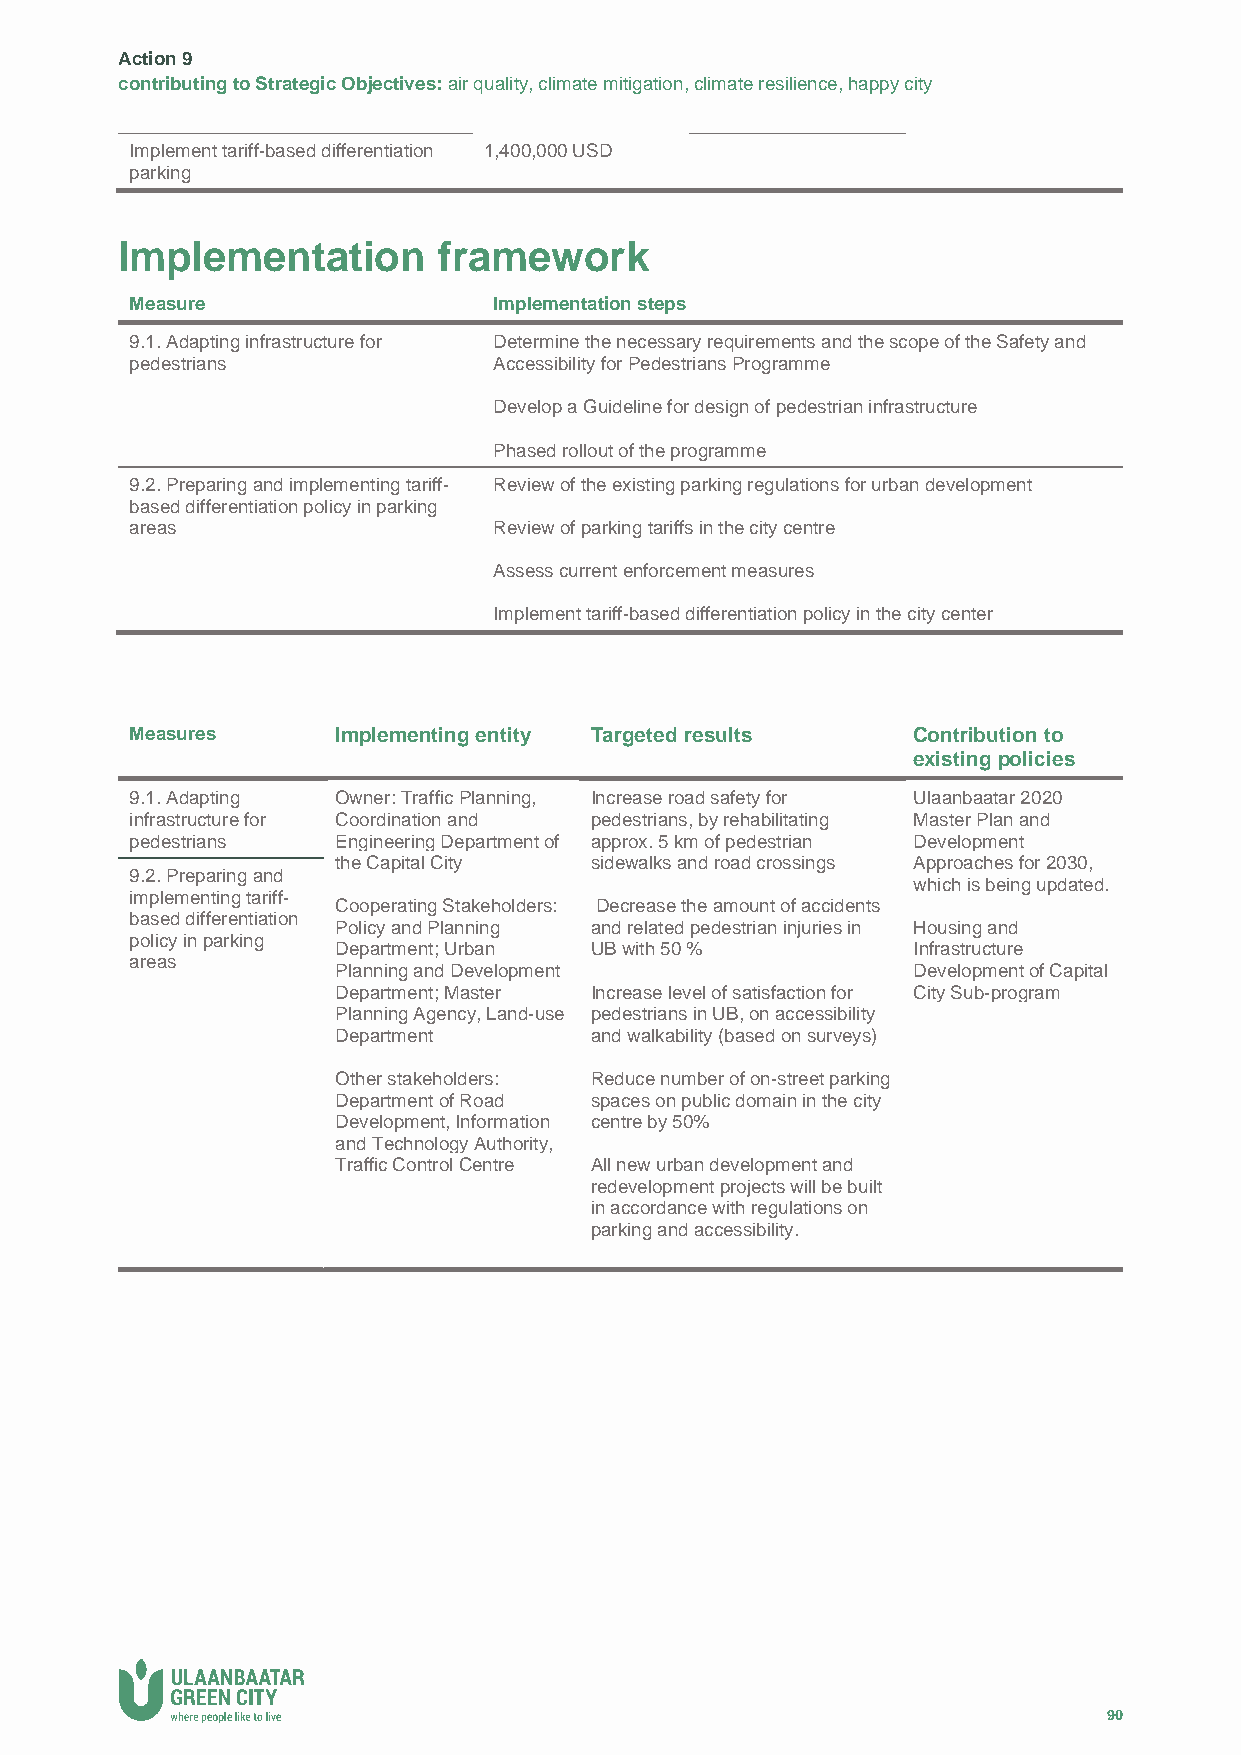
Action 9
 contributing to Strategic Objectives: air quality, climate mitigation, climate resilience, happy city
 Implement tariff-based differentiation 1,400,000 USD
 parking
 Implementation       framework
 Measure                 Implementation steps
 9.1. Adapting infrastructure for Determine the necessary requirements and the scope of the Safety and
 pedestrians             Accessibility for Pedestrians Programme
 Develop a Guideline for design of pedestrian infrastructure
 Phased rollout of the programme
 9.2. Preparing and implementing tariff- Review of the existing parking regulations for urban development
 based differentiation policy in parking
 areas                   Review of parking tariffs in the city centre
 Assess current enforcement measures
 Implement tariff-based differentiation policy in the city center
 Measures     Implementing entity Targeted results  Contribution to
 existing policies
 9.1. Adapting Owner: Traffic Planning, Increase road safety for Ulaanbaatar 2020
 infrastructure for Coordination and pedestrians, by rehabilitating Master Plan and
 pedestrians  Engineering Department of approx. 5 km of pedestrian Development
 the Capital City sidewalks and road crossings Approaches for 2030,
 9.2. Preparing and
 which is being updated.
 implementing tariff-
 Cooperating Stakeholders: Decrease the amount of accidents
 based differentiation
 Policy and Planning and related pedestrian injuries in Housing and
 policy in parking
 Department; Urban UB with 50 %        Infrastructure
 areas
 Planning and Development              Development of Capital
 Department; Master Increase level of satisfaction for City Sub-program
 Planning Agency, Land-use pedestrians in UB, on accessibility
 Department       and walkability (based on surveys)
 Other stakeholders: Reduce number of on-street parking
 Department of Road spaces on public domain in the city
 Development, Information centre by 50%
 and Technology Authority,
 Traffic Control Centre All new urban development and
 redevelopment projects will be built
 in accordance with regulations on
 parking and accessibility.
 90